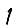
Digit: 1